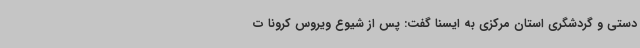
دستی و گردشگری استان مرکزی به ایسنا گفت: پس از شیوع ویروس کرونا ت